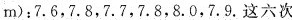
刚再跳两次，成绩分别为7.7，7.9.则李